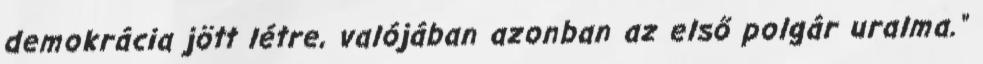
demokrácia jött létre, valójában azonban az első polgár uralma."